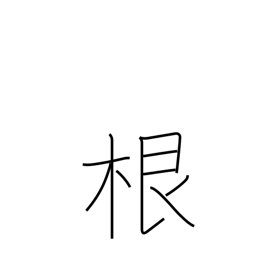
Meaning: root